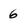
Character: 6